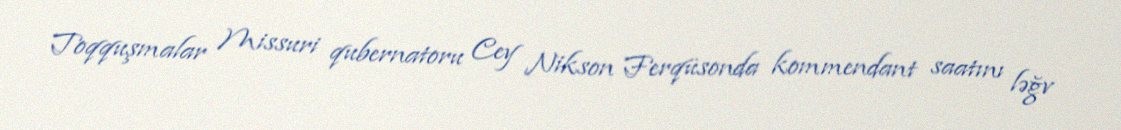
Toqquşmalar Missuri qubernatoru Cey Nikson Ferqüsonda kommendant saatını ləğv